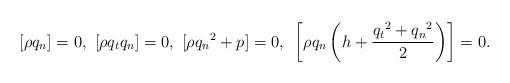
LaTeX: \begin{align*}\left[{\rho}{q_n}\right]=0,~[{\rho}{q_t}{q_n}]=0,~[\rho{q_n}^2+p]=0,~\left[\rho{q_n}\left(h+\frac{{q_t}^2+{q_n}^2}{2}\right)\right]=0.\end{align*}